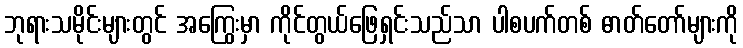
ဘုရားသမိုင်းများတွင် အကြွေးမှာ ကိုင်တွယ်ဖြေရှင်းသည်သာ ပါစပက်တစ် ဓာတ်တော်များကို